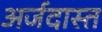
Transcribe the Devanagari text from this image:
अर्जदास्‍त